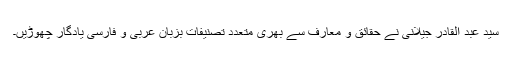
سید عبد القادر جیلانیؒ نے حقائق و معارف سے بھری متعدد تصنیفات بزبان عربی و فارسی یادگار چھوڑیں۔